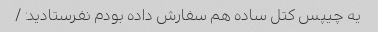
یه چیپس کتل ساده هم سفارش داده بودم نفرستادید: /